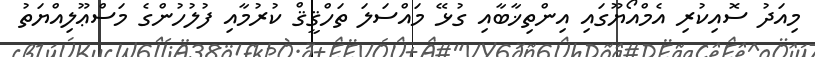
މިއަދު ސޮއިކުރި އެމްއޯޔޫގައި އިންތިޚާބާއި ގުޅޭ މައްސަލަ ތަހްޤީޤް ކުރުމާއި ފުލުހުންގެ މަސްޢޫލިއްޔަތު